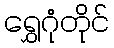
ရွှေဂုံတိုင်